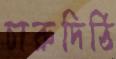
চারুদিঠি